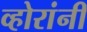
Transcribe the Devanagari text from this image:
व्होरांनी